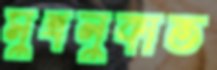
মুখলুকাত